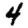
Digit: 4